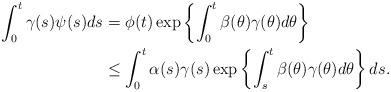
LaTeX: \begin{align*}\int_0^t \gamma(s) \psi(s)ds & =\phi(t) \exp \left\{ \int_0^t \beta(\theta) \gamma(\theta)d\theta \right\} \\& \leq \int_0^t \alpha(s)\gamma(s) \exp \left\{\int_s^t \beta(\theta) \gamma(\theta)d\theta \right\} ds.\end{align*}